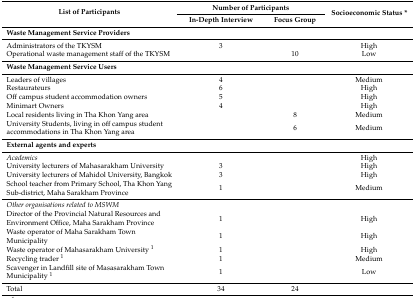
| <ROWSPAN=2> List of Participants | <COLSPAN=2> Number of Participants | <ROWSPAN=2> Socioeconomic Status * |
 | In-Depth Interview | Focus Group |
 | --- | --- | --- | --- |
 | Waste Management Service Providers |  |  |  |
 | Administrators of the TKYSM | 3 |  | High |
 | Operational waste management staff of the TKYSM |  | 10 | Low |
 | Waste Management Service Users |  |  |  |
 | Leaders of villages | 4 |  | Medium |
 | Restaurateurs | 6 |  | High |
 | Off campus student accommodation owners | 5 |  | High |
 | Minimart Owners | 4 |  | High |
 | Local residents living in Tha Khon Yang area |  | 8 | Medium |
 | University Students, living in off campus student accommodations in Tha Khon Yang area |  | 6 | Medium |
 | External agents and experts |  |  |  |
 | Academics |  |  | High |
 | University lecturers of Mahasarakham University | 3 |  | High |
 | University lecturers of Mahidol University, Bangkok | 3 |  | High |
 | School teacher from Primary School, Tha Khon Yang Sub-district, Maha Sarakham Province | 1 |  | Medium |
 | Other organisations related to MSWM |  |  |  |
 | Director of the Provincial Natural Resources and Environment Office, Maha Sarakham Province | 1 |  | High |
 | Waste operator of Maha Sarakham Town Municipality | 1 |  | High |
 | Waste operator of Mahasarakham University 1 | 1 |  | High |
 | Recycling trader 1 | 1 |  | Medium |
 | Scavenger in Landfill site of Masasarakham Town Municipality 1 | 1 |  | Low |
 | Total | 34 | 24 |  |